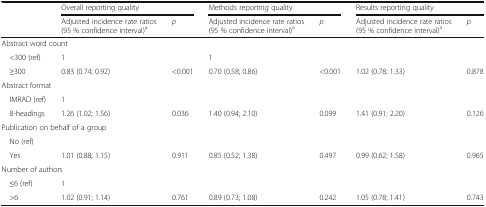
<table><thead><tr><td></td><td colspan="2"><b>Overall reporting quality</b></td><td colspan="2"><b>Methods reporting quality</b></td><td colspan="2"><b>Results reporting quality</b></td></tr><tr><td></td><td><b>Adjusted incidence rate ratios (95 % confidence interval)<sup>a</sup></b></td><td><b><i>p</i></b></td><td><b>Adjusted incidence rate ratios (95 % confidence interval)<sup>a</sup></b></td><td><b><i>p</i></b></td><td><b>Adjusted incidence rate ratios (95 % confidence interval)<sup>a</sup></b></td><td><b><i>p</i></b></td></tr></thead><tbody><tr><td colspan="7">Abstract word count</td></tr><tr><td> &lt;300 (ref)</td><td>1</td><td></td><td>1</td><td></td><td></td><td></td></tr><tr><td> ≥300</td><td>0.83 (0.74; 0.92)</td><td>&lt;0.001</td><td>0.70 (0.58; 0.86)</td><td>&lt;0.001</td><td>1.02 (0.78; 1.33)</td><td>0.878</td></tr><tr><td colspan="7">Abstract format</td></tr><tr><td> IMRAD (ref)</td><td>1</td><td></td><td></td><td></td><td></td><td></td></tr><tr><td> 8-headings</td><td>1.26 (1.02; 1.56)</td><td>0.036</td><td>1.40 (0.94; 2.10)</td><td>0.099</td><td>1.41 (0.91; 2.20)</td><td>0.126</td></tr><tr><td colspan="7">Publication on behalf of a group</td></tr><tr><td> No (ref)</td><td></td><td></td><td></td><td></td><td></td><td></td></tr><tr><td> Yes</td><td>1.01 (0.88; 1.15)</td><td>0.911</td><td>0.85 (0.52; 1.38)</td><td>0.497</td><td>0.99 (0.62; 1.58)</td><td>0.965</td></tr><tr><td colspan="7">Number of authors</td></tr><tr><td> ≤6 (ref)</td><td>1</td><td></td><td></td><td></td><td></td><td></td></tr><tr><td> &gt;6</td><td>1.02 (0.91; 1.14)</td><td>0.761</td><td>0.89 (0.73; 1.08)</td><td>0.242</td><td>1.05 (0.78; 1.41)</td><td>0.743</td></tr></tbody></table>